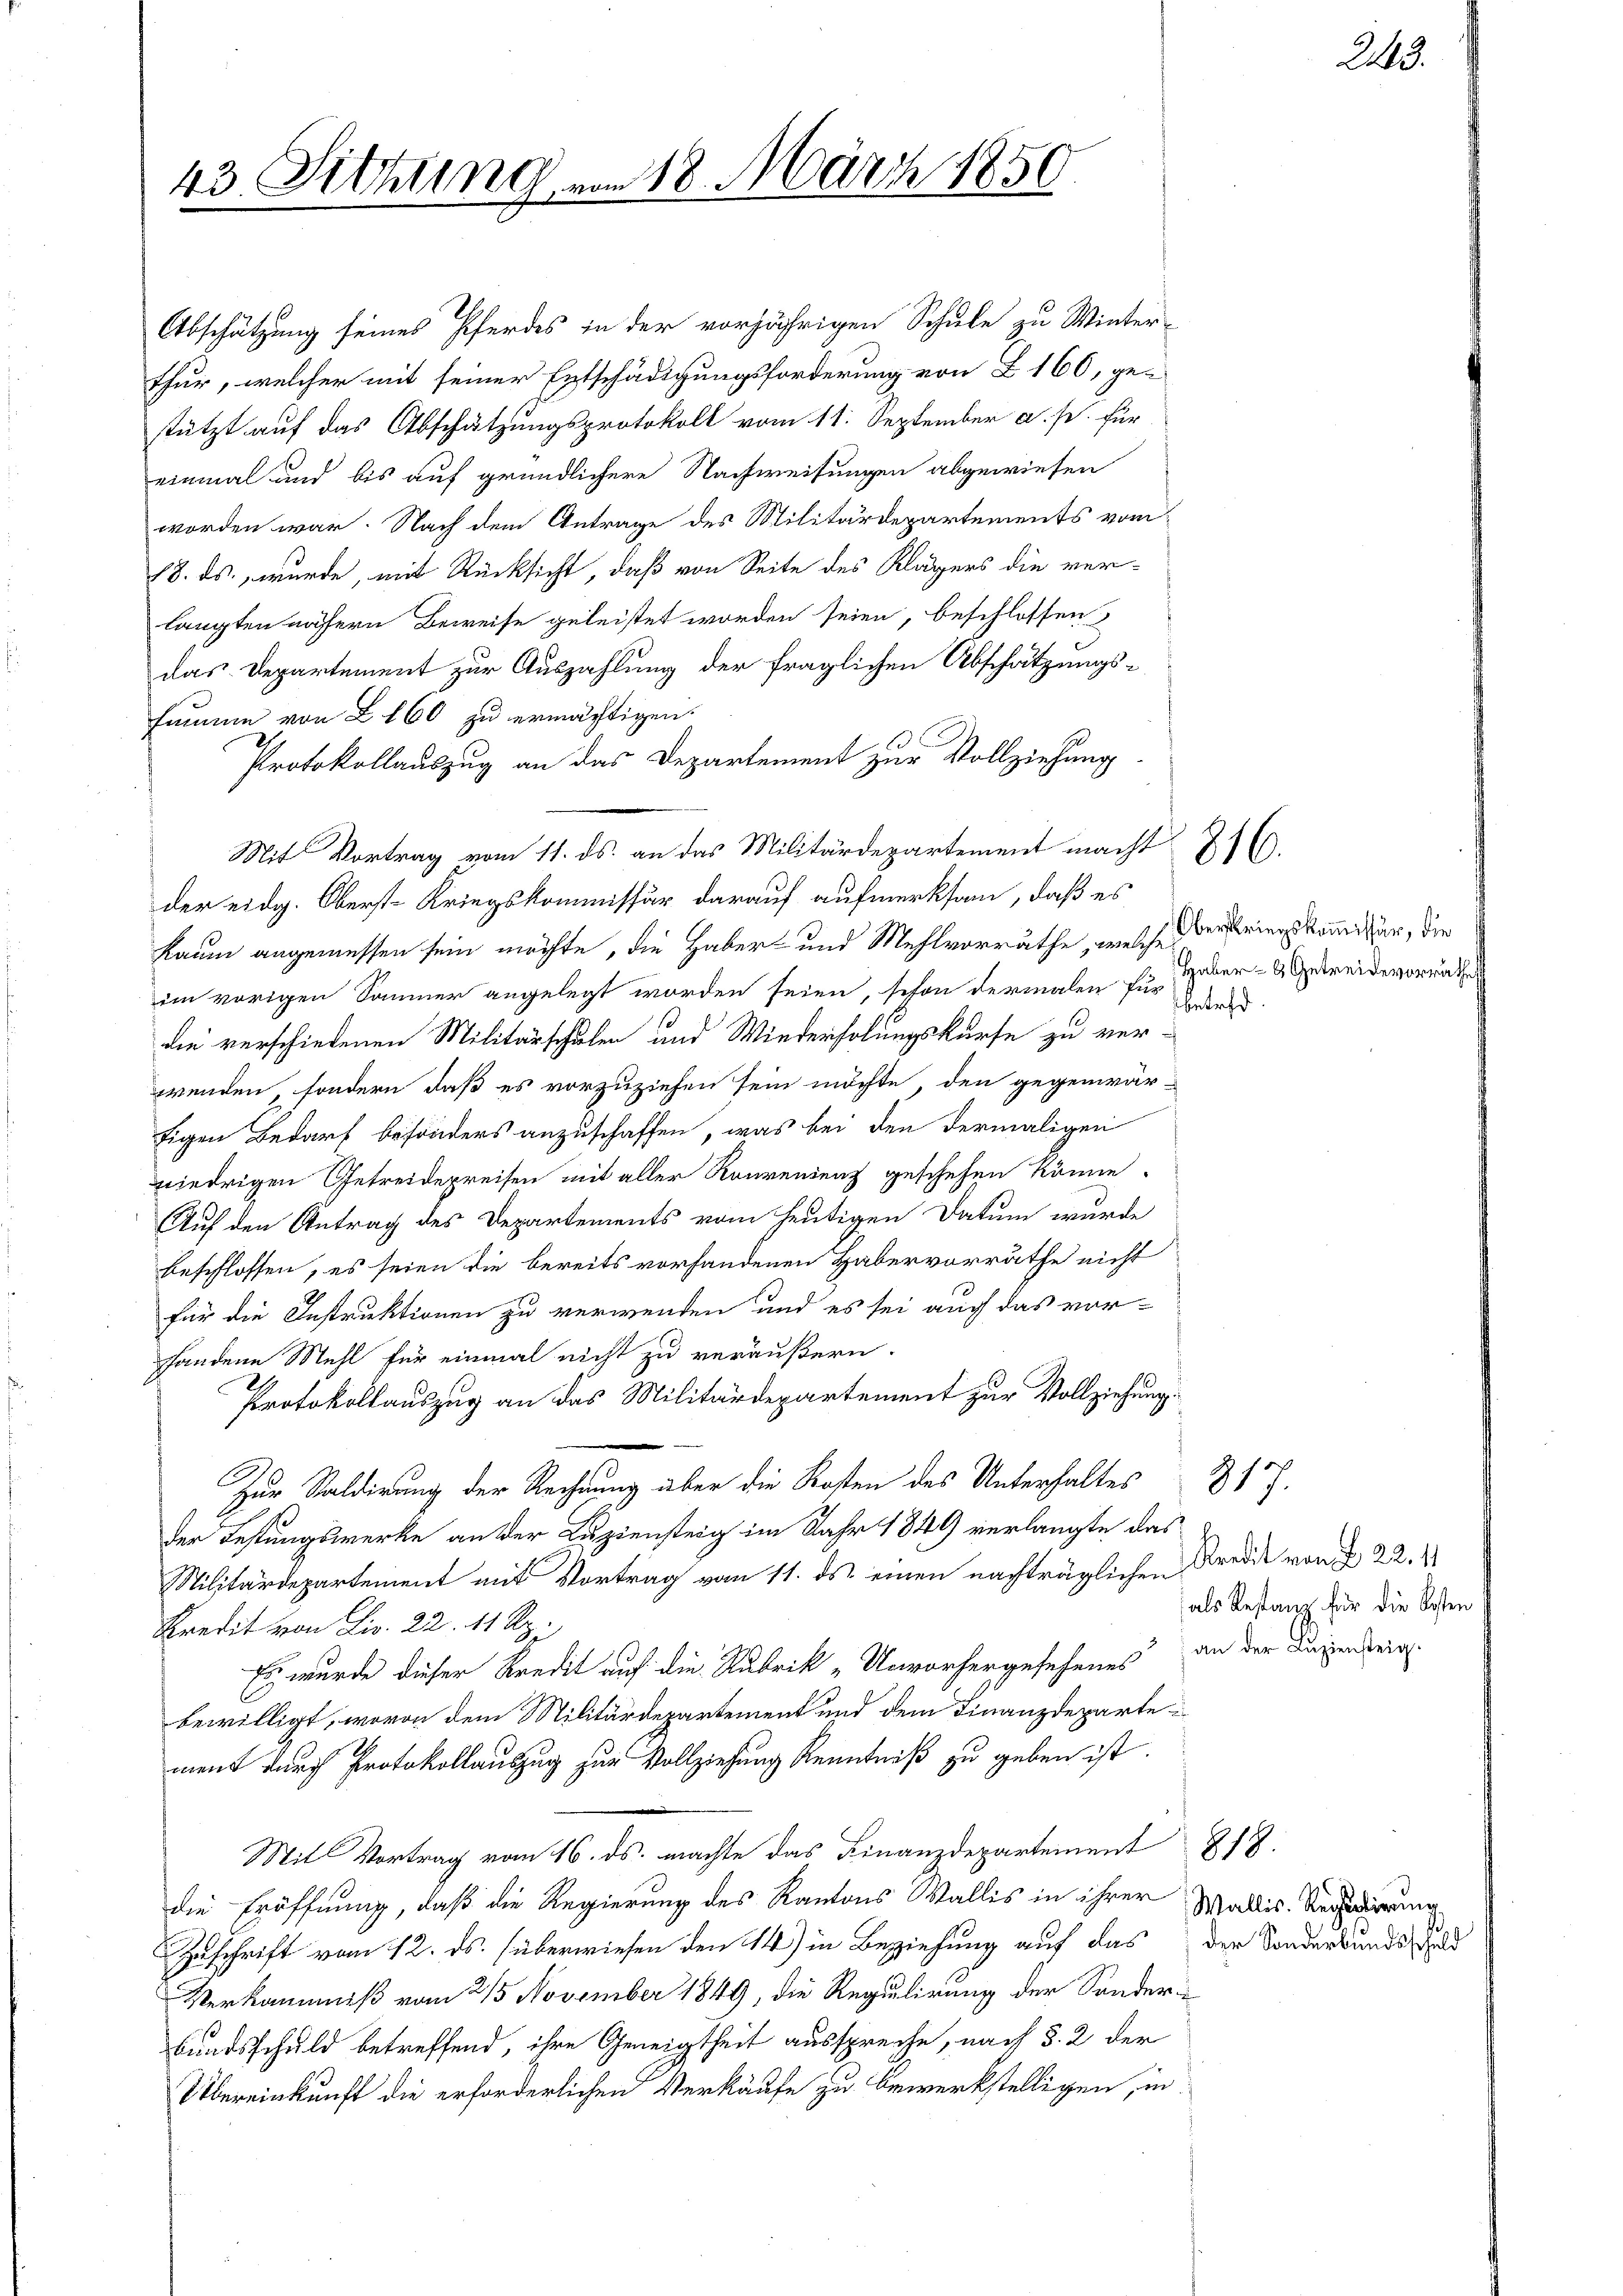
43. Sitzung

Abschätzung seines Pferdes in der vorjährigen Schule zu Winter-
thur, welcher mit seiner Entschädigungsforderung von Z. 160, ge-
stützt auf das Abschätzungsprotokoll vom 11. September a. p. für
einmal und bis auf gründlichere Nachweisungen abgewiesen
worden war. Nach dem Antrage des Militärdepartements vom
18. ds., wurde, mit Rücksicht, daß von Seite des Klägers die verlangten nähern Beweise geleistet worden seien, beschlossen
das Departement zur Auszahlung der fraglichen Abschätzungssumme von Z. 160 zu ermächtigen.
Protokollauszug an das Departement zur Vollziehung
der eidg. Oberst-Kriegskommissär darauf aufmerksam, daß es
kaum angemessen sein möchte, die Haber und Mehlvorräthe, welches der eines kommißär, die
ein vorigen Sommer angelegt worden seien, schon dermalen für über- & Geweidevorrathe
die verschiedenen Militärschulen und Wiederholungskurse zu ver-
wenden, sondern, daß es vorzuziehen sein möchte, den gegenwär-
tigen Bedarf besonders anzuschaffen, was bei den dermaligen
nriedrigen Getreidepreisen mit aller Rourendenz geschehen könne.
Auf den Antrag des Departements vom heutigen Datum wurde
beschlossen, es seien die bereits vorhandenen Habervorräthe nicht
für die Instruktionen zu verwenden und es sei auch das vor-
hhandene Mehl für einmal nicht zu veräußern.
Protokollauszug an das Militärdepartement zur Vollziehung
Zur Staldirung der Rechnung über die Kosten des Unterhaltes
der Festungswerke an der Luziensteig im Jahr 1849 verlangte das
Militärdepartement mit Vortrag vom 11. ds. einen nachträglichen
Kredit von Liv. 22. 11 Rp.
Es wurde dieser Kredit auf die Rubrik „Unvorhergesehenes an der Lügendeig
bewilligt, wovon dem Militärdepartement und dem Finanzdepartement durch Protokollauszug zur Vollziehung Kenntniß zu geben ist.
Mit Vortrag vom 16. ds. machte das Finanzdepartement 278.
die Eröffnung, daß die Regierung des Kantons Wallis in ihrer
Zuschrift vom 12. ds. überwiesen den 14) in Beziehung auf das der Sonderkundschad
Verkäumniß vom 2/5 November 1849, die Regulirung der Sonder¬
Bundsschuld betreffend, ihre Geneigtheit ausspreche, nach §. 2 der
Übereinkunft die erforderlichen Verkäufe zu bewerkstelligen, in

18. März 1850.

Mit Vortrag vom 11. ds. an das Militärdepartement macht 816.

817.

betreff

Kredit vom 22. 11
als Restanz für die Kosten

Wallis. Rechtsdirung

243.